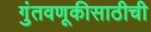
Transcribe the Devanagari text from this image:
गुंतवणूकीसाठीची